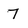
Character: 7